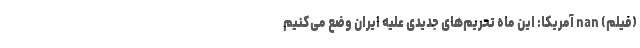
(فیلم) nan آمریکا: این ماه تحریم‌های جدیدی علیه ایران وضع می‌کنیم